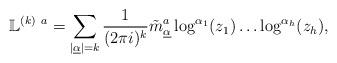
LaTeX: \begin{align*}\mathbb{L}^{(k)~a} = \sum_{|\underline{\alpha}|=k} \frac{1}{(2\pi i)^k} \tilde{m}^a_{\underline{\alpha}}\log^{\alpha_1}(z_1)\ldots\log^{\alpha_h}(z_h),\end{align*}